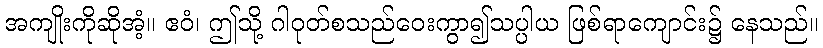
အကျိုးကိုဆိုအံ့။ ဧဝံ၊ ဤသို့ ဂါဝုတ်စသည်ဝေးကွာ၍သပ္ပါယ ဖြစ်ရာကျောင်း၌ နေသည်။